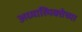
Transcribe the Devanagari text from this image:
अध्यात्मिक्तेच्या